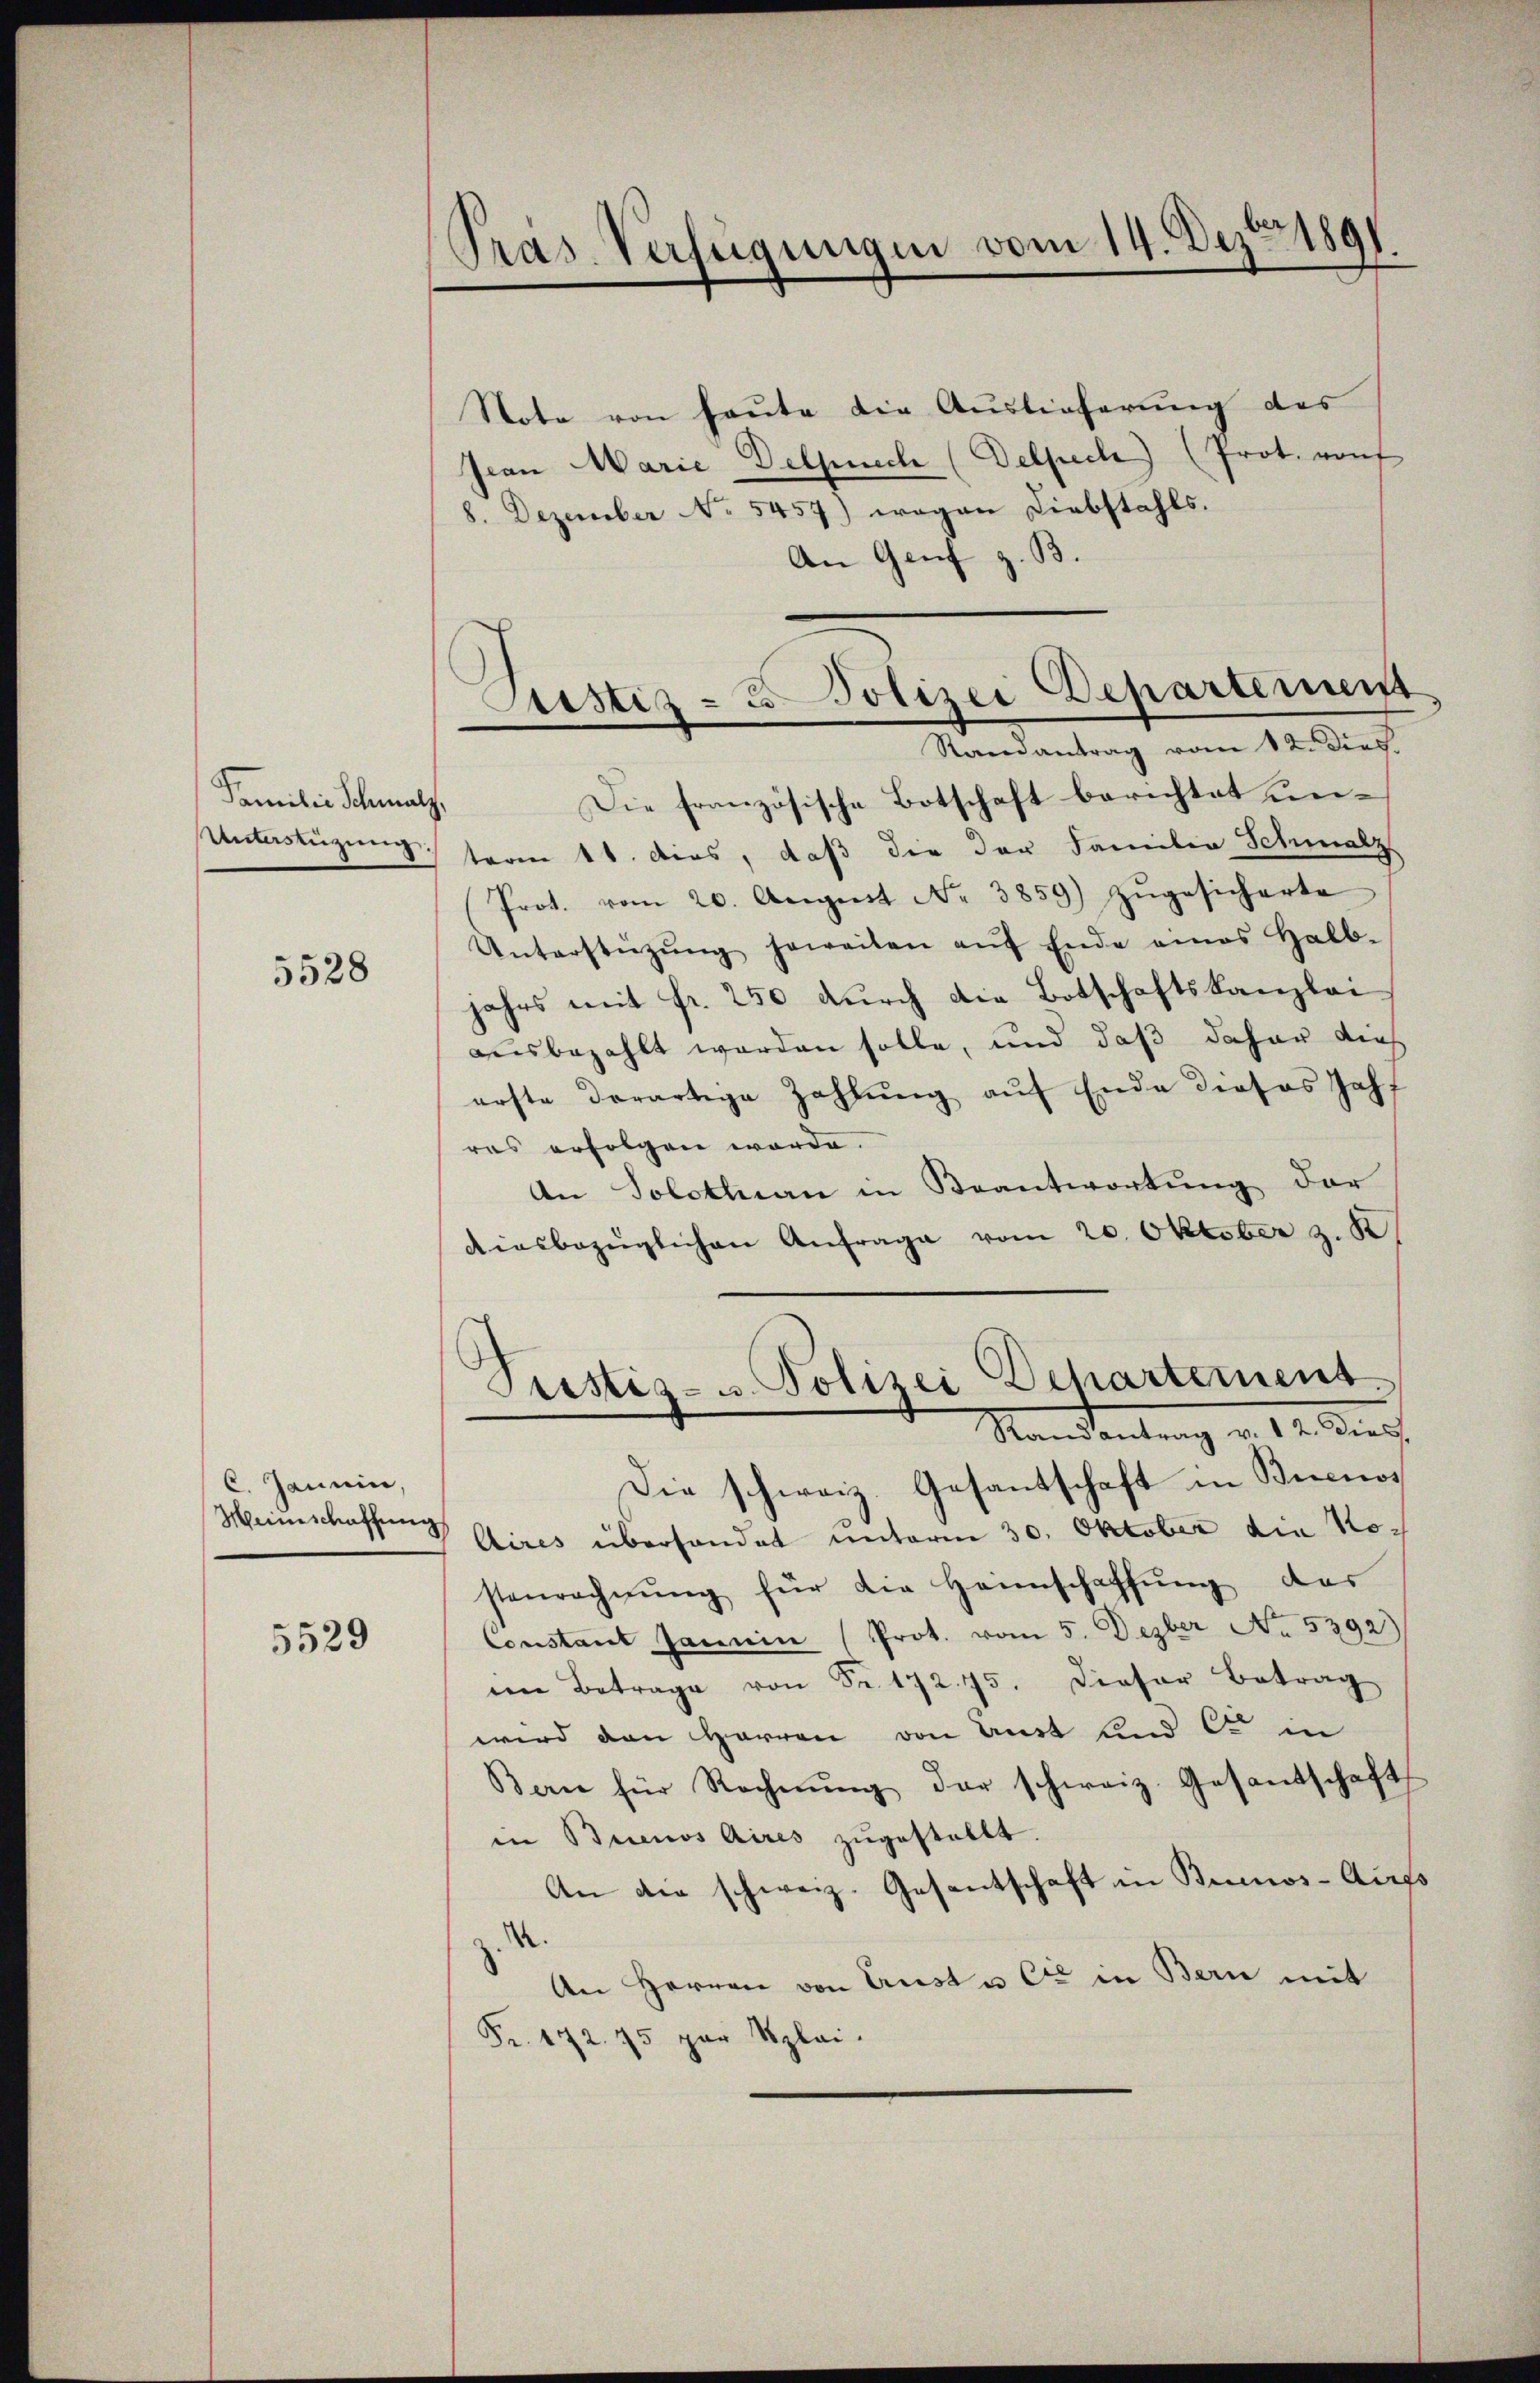
Familie Schmalz,

5528

C. Janein,
Weinschaffung

5529

Präs. Verfügungen vom 14. Dez. 1891.

Note von heute die Auslieferung des
Jean Marie Delprech (Delpech (Prot. Konf
8. Dezember No 5457) wegen Liebstahls.
An Genf z. B.
Die französische Botschaft berichtet un¬
Unterstüzung term 11. dies, daß die der Familia Schmalz
Prot. vom 20. August No. 3859) zŭgesicherte
Unterstützŭng soweiten aŭf Ende eines Halb-
jahrs mit fr. 250 durch die Botschaftskanzlei-
ausbezahlt worden solle, und daß daher dies
erste derartige Zahlŭng aŭf Ende dieses Jahf
res erfolgen werde.
An Solothurn in Beantwortung der
diesbezüglichen Anfrage vom 20. Oktober z.
Pristiz- u. Polizei Departement.
Mandantung v. 14. dies
Die schweiz. Gesantschaft in Buenos
Aires überhandet unterm 30. Oktober die Nostenrechnŭng für die Heimschaffŭng des
Constant Jamin (Prot. vom 5. Dezber No. 5392)
in Betrage von Fr. 172. 75. Dieser Betrag
wird den Herren von Anst und C. in
Bern für Rechnŭng der schweiz. Gesandschaft
in Buenos Aires zugestellt.
An die schweiz. Gesantschaft in Buenos-Au
An Herren von Aust u. Cie in Bern mit
Fr. 172. 75 par plai.

Justiz- & Polizei Departemen
Randantrag vom 12. Dies.